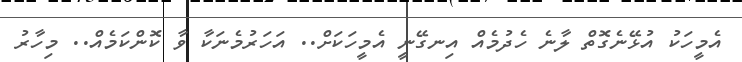
އެމީހަކު އުޅޭނެގޮތް ލާނެ ހެދުމެއް އިނގޭނީ އެމީހަކަށް.. އަހަރުމެނަކާ ވާ ކޮންކަމެއް.. މިހާރު